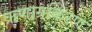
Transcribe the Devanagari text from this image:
ऋणाग्रकिरण